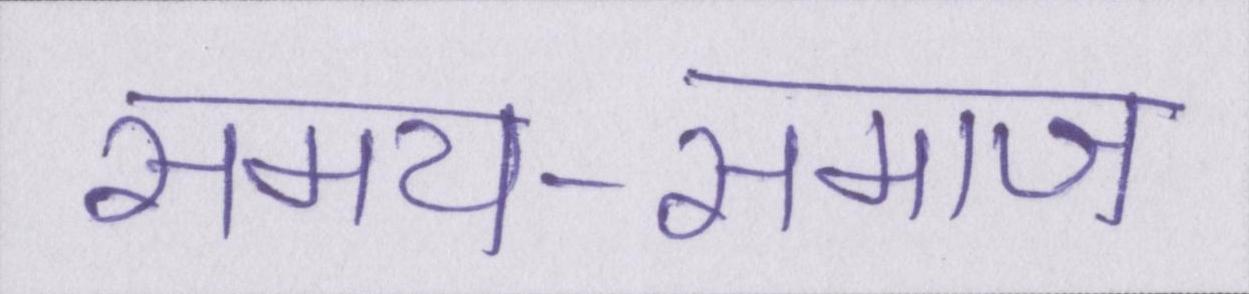
समय-समाज